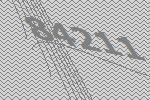
84211